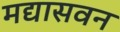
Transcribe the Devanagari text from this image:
मद्यासवन